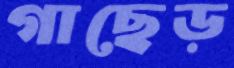
গাছেড়